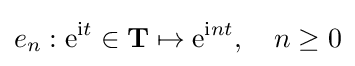
e_{n}:\mathrm {e} ^{\mathrm {i} t}\in \mathbf {T} \mapsto \mathrm {e} ^{\mathrm {i} nt},\quad n\geq 0